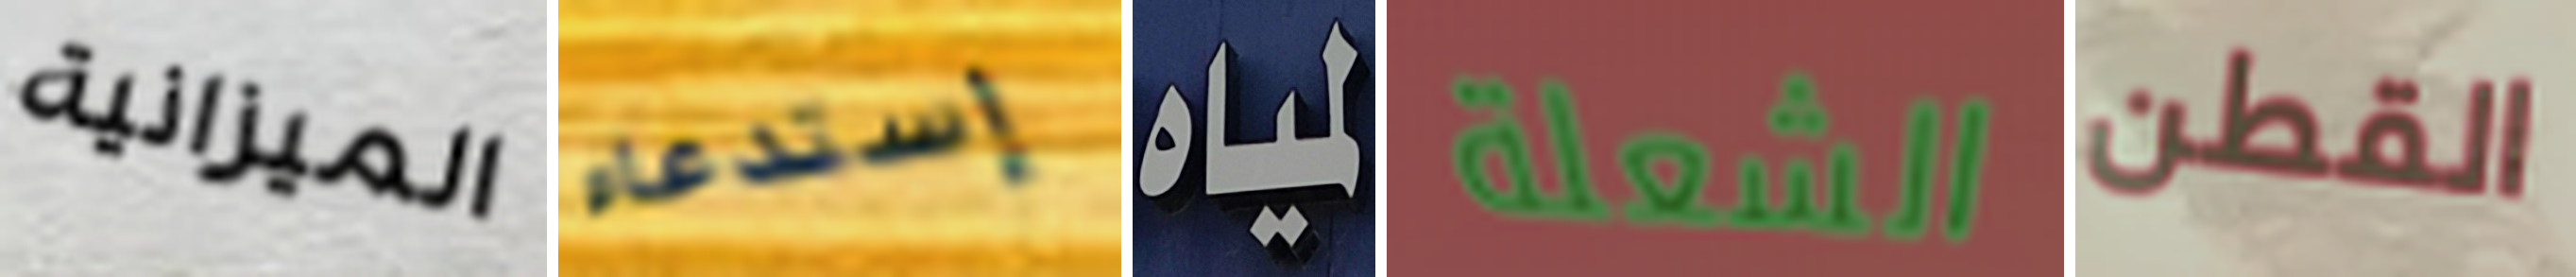
الميزانية إستدعاء لمياه الشعلة القطن